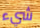
شيء